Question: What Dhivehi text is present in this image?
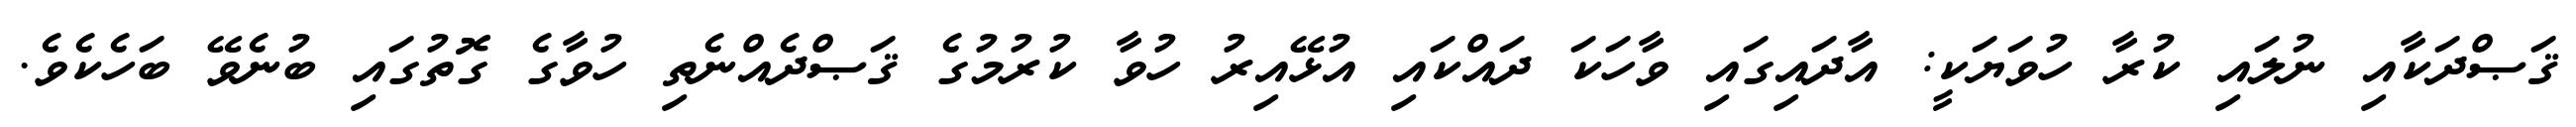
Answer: ޤަޞްދަކާއި ނުލައި ކުރާ ހުވަޔަކީ: އާދައިގައި ވާހަކަ ދައްކައި އުޅޭއިރު ހުވާ ކުރުމުގެ ޤަޞްދެއްނެތި ހުވާގެ ގޮތުގައި ބުނެވޭ ބަހެކެވެ.